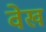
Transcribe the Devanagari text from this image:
वेख